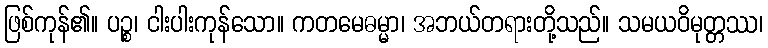
ဖြစ်ကုန်၏။ ပဉ္စ၊ ငါးပါးကုန်သော။ ကတမေဓမ္မာ၊ အဘယ်တရားတို့သည်။ သမယဝိမုတ္တဿ၊